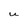
Character: U